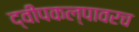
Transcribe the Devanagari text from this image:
द्वीपकल्पावरच